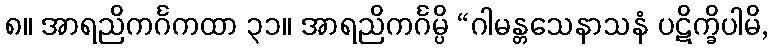
၈။ အာရညိကင်္ဂကထာ ၃၁။ အာရညိကင်္ဂမ္ပိ “ဂါမန္တသေနာသနံ ပဋိက္ခိပါမိ,